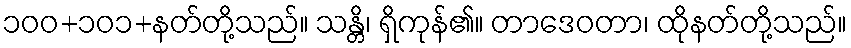
၁၀၀+၁၀၁+နတ်တို့သည်။ သန္တိ၊ ရှိကုန်၏။ တာဒေဝတာ၊ ထိုနတ်တို့သည်။